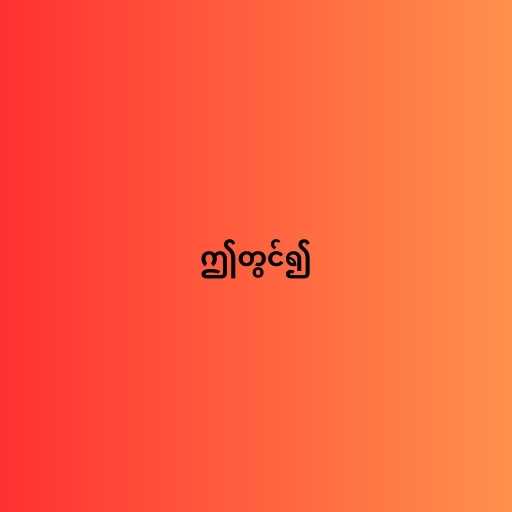
ဤတွင်၍